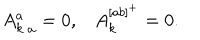
LaTeX: \begin{matrix} { { { A _ { k } ^ { a } } _ { \, a } = 0 , } } & { { A _ { k } ^ { [ a b ] ^ { + } } = 0 . } } \\ \end{matrix}